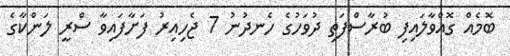
ބޮމެއް ގޮއްވާލައިފި ބުރާސްފަތި ދުވަހުގެ ހެނދުނު 7 ޖެހިއިރު ފަށާފައިވާ ސްރީ ލަންކާގެ